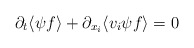
\begin{align*}\partial_t\langle \psi f\rangle+\partial_{x_i} \langle v_i \psi f \rangle = 0\end{align*}